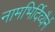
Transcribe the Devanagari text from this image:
नामभिर्दिव्यैर्न